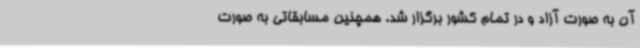
آن به صورت آزاد و در تمام کشور برگزار شد. همچنین مسابقاتی به صورت